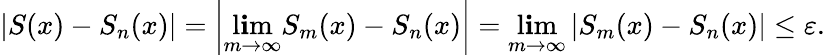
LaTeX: \left|S(x)-S_{n}(x)\right|=\left|\operatorname*{l\mathbf{i}m}_{m\to\infty}S_{m}(x)-S_{n}(x)\right|=\operatorname*{l\mathbf{i}m}_{m\to\infty}\left|S_{m}(x)-S_{n}(x)\right|\leq\varepsilon.